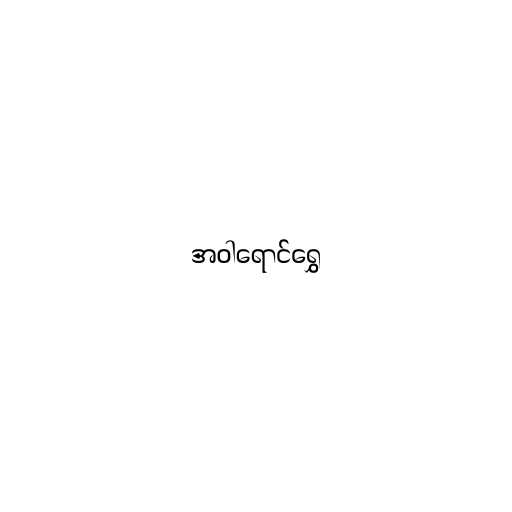
အဝါရောင်ရွှေ